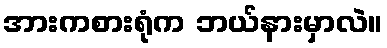
အားကစားရုံက ဘယ်နားမှာလဲ။